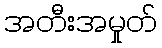
အတီးအမှုတ်